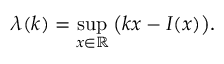
\lambda ( k ) = \operatorname* { s u p } _ { x \in \mathbb { R } } \big ( k x - I ( x ) \big ) .